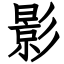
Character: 影